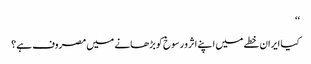
‘‘
کیا ایران خطے میں اپنے اثرو رسوخ کو بڑھانے میں مصروف ہے؟